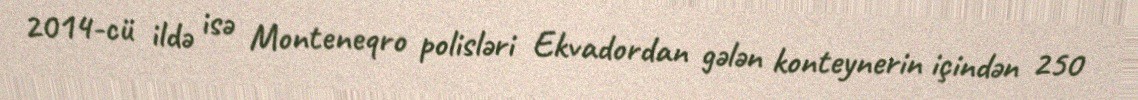
2014-cü ildə isə Monteneqro polisləri Ekvadordan gələn konteynerin içindən 250